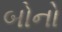
બોનો